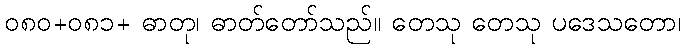
၀၈၀+၀၈၁+ ဓာတု၊ ဓာတ်တော်သည်။ တေသု တေသု ပဒေသတော၊